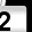
Digit: 2